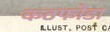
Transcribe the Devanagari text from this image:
कठफोडा